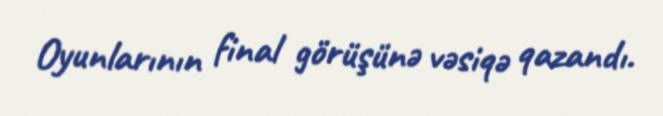
Oyunlarının final görüşünə vəsiqə qazandı.